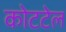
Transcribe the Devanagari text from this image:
कोटटेल